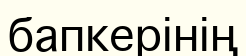
бапкерінің